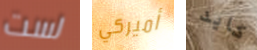
لست أميركي كايد